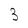
Character: 3